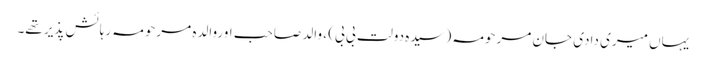
یہاں میری دادی جان مرحومہ (سیدہ دولت بی بی) ، والد صاحب اوروالدہ مرحومہ رہائش پذیر تھے۔